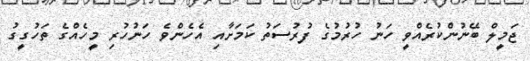
ޖަމީލް ބޭނުންކުރެއްވީ ހަނު ހުރުމުގެ ފުރުސަތު ކަމަށާއި އެހެންވެ ހަނުހުރި މީހެއްގެ ތަހުގީގު